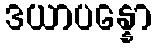
ဒယာပန္နော